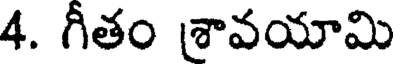
4. గీతం శావయామి